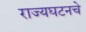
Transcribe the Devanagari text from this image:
राज्यघटनचे